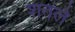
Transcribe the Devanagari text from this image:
शतले